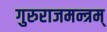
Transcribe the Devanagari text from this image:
गुरुराजमन्त्रम्